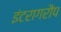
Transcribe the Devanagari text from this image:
इंटरागरौप